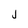
Character: j